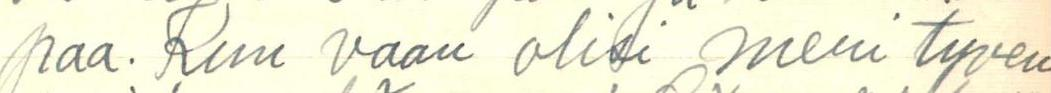
paa. Kun vaan olisi meri tyven